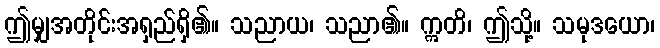
ဤမျှအတိုင်းအရှည်ရှိ၏။ သညာယ၊ သညာ၏။ ဣတိ၊ ဤသို့။ သမုဒယော၊